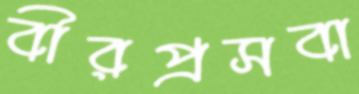
বীরপ্রসবা